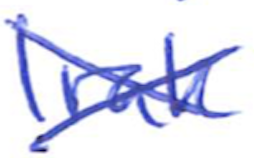
Text: Iraq
Cross-out: cross
Writing tool: ballpoint